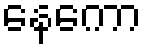
နေကော